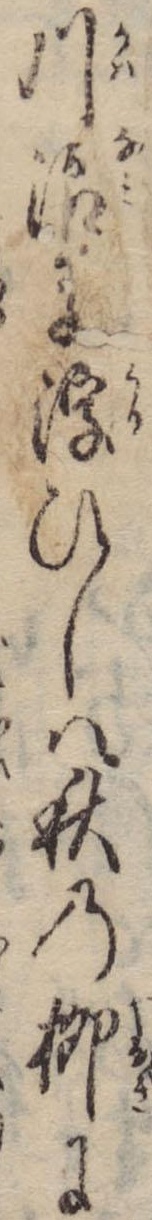
川浪に浮ひしは秋の柳に